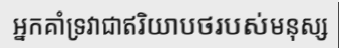
អ្នកគាំទ្រវាជាឥរិយាបថរបស់មនុស្ស